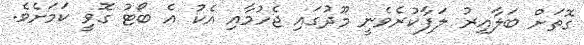
ގޮތަށް ބަލާއިރު ލަފާކުރެވެނީ މޫދުގައި ޖެހުމާއި އެކު އެ ބޯޓު ގޮވީ ކަމަށެވެ.